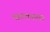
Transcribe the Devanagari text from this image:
महाकरुणा